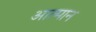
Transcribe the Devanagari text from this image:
आत्मान